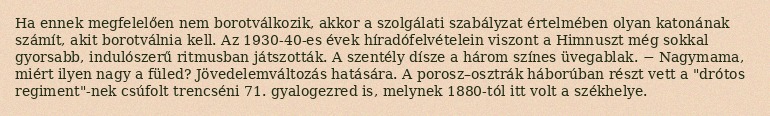
Ha ennek megfelelően nem borotválkozik, akkor a szolgálati szabályzat értelmében olyan katonának számít, akit borotválnia kell. Az 1930-40-es évek híradófelvételein viszont a Himnuszt még sokkal gyorsabb, indulószerű ritmusban játszották. A szentély dísze a három színes üvegablak. − Nagymama, miért ilyen nagy a füled? Jövedelemváltozás hatására. A porosz–osztrák háborúban részt vett a "drótos regiment"-nek csúfolt trencséni 71. gyalogezred is, melynek 1880-tól itt volt a székhelye.